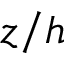
z / h